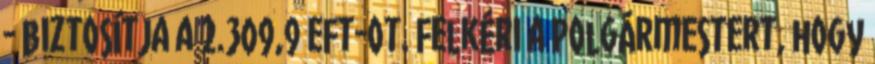
- biztosítja a 2.309,9 eFt-ot. Felkéri a Polgármestert, hogy